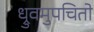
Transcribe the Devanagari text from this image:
ध्रुवमुपचितो